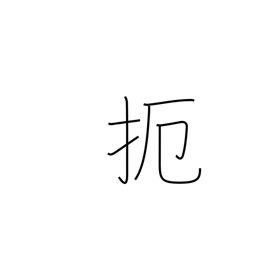
Meaning: prevent